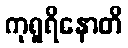
ကုရူရိနောတိ